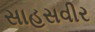
સાહસવીર